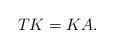
LaTeX: \begin{align*} T K = K A. \end{align*}